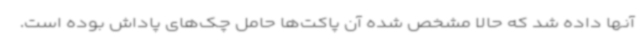
آنها داده شد که حالا مشخص شده آن پاکت‌ها حامل چک‌های پاداش بوده است.